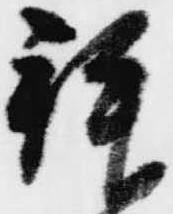
拝